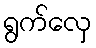
ရွက်လှေ